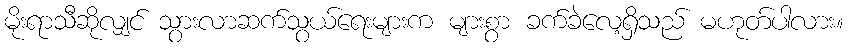
မိုးရာသီဆိုလျှင် သွားလာဆက်သွယ်ရေးများက များစွာ ခက်ခဲလေ့ရှိသည် မဟုတ်ပါလား။